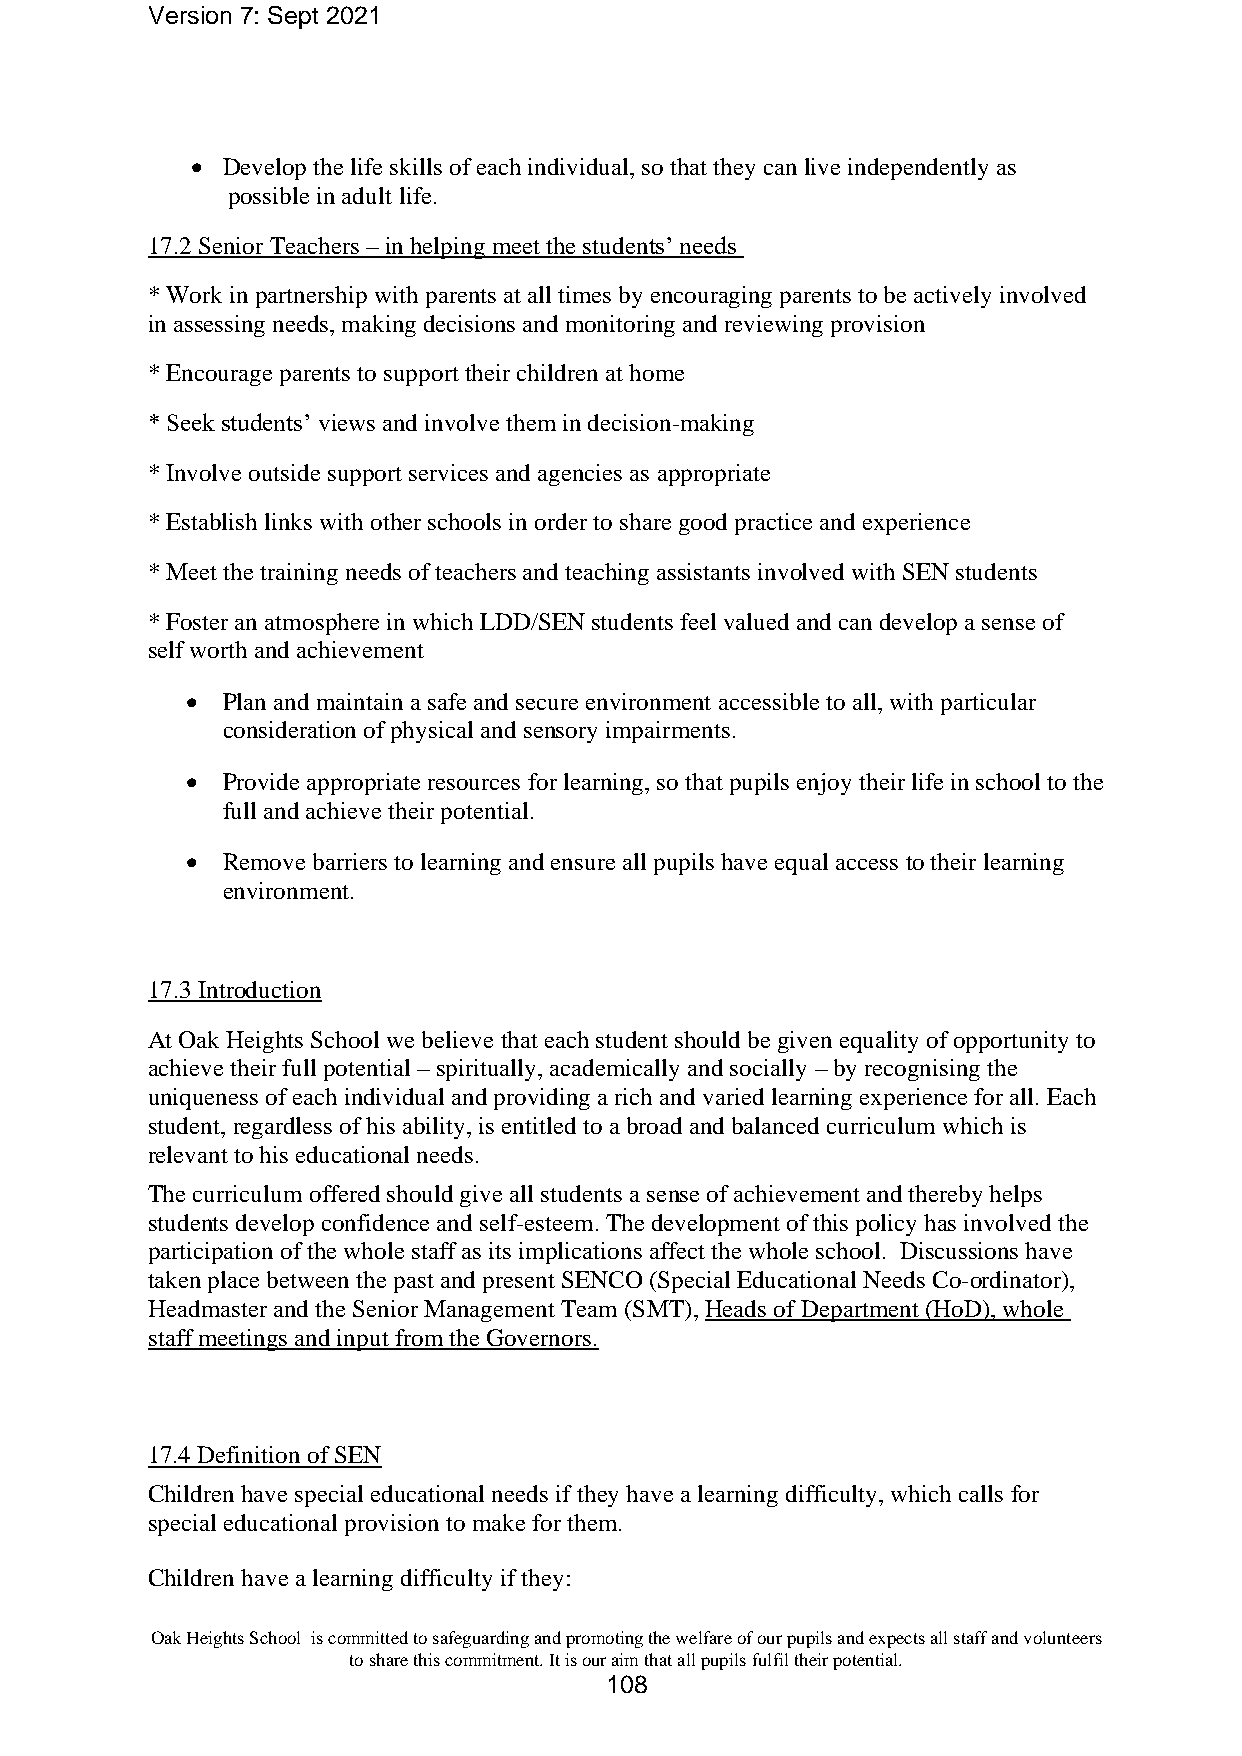
Version 7: Sept 2021
 • Develop the life skills of each individual, so that they can live independently as
 possible in adult life.
 17.2 Senior Teachers – in helping meet the students’ needs
 * Work in partnership with parents at all times by encouraging parents to be actively involved
 in assessing needs, making decisions and monitoring and reviewing provision
 * Encourage parents to support their children at home
 * Seek students’ views and involve them in decision-making
 * Involve outside support services and agencies as appropriate
 * Establish links with other schools in order to share good practice and experience
 * Meet the training needs of teachers and teaching assistants involved with SEN students
 * Foster an atmosphere in which LDD/SEN students feel valued and can develop a sense of
 self worth and achievement
 •  Plan and maintain a safe and secure environment accessible to all, with particular
 consideration of physical and sensory impairments.
 •  Provide appropriate resources for learning, so that pupils enjoy their life in school to the
 full and achieve their potential.
 •  Remove barriers to learning and ensure all pupils have equal access to their learning
 environment.
 17.3 Introduction
 At Oak Heights School we believe that each student should be given equality of opportunity to
 achieve their full potential – spiritually, academically and socially – by recognising the
 uniqueness of each individual and providing a rich and varied learning experience for all. Each
 student, regardless of his ability, is entitled to a broad and balanced curriculum which is
 relevant to his educational needs.
 The curriculum offered should give all students a sense of achievement and thereby helps
 students develop confidence and self-esteem. The development of this policy has involved the
 participation of the whole staff as its implications affect the whole school. Discussions have
 taken place between the past and present SENCO (Special Educational Needs Co-ordinator),
 Headmaster and the Senior Management Team (SMT), Heads of Department (HoD), whole
 staff meetings and input from the Governors.
 17.4 Definition of SEN
 Children have special educational needs if they have a learning difficulty, which calls for
 special educational provision to make for them.
 Children have a learning difficulty if they:
 Oak Heights School is committed to safeguarding and promoting the welfare of our pupils and expects all staff and volunteers
 to share this commitment. It is our aim that all pupils fulfil their potential.
 108